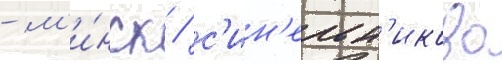
- м'и́нск / с'ин'ельн'иково